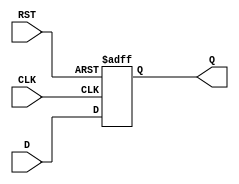
module SynchronousRegister (
    input wire D,       // Data input
    input wire CLK,     // Clock input
    input wire RST,     // Reset input
    output reg Q        // Data output
);

// Asynchronous reset with synchronous operation on the clock edge
always @(posedge CLK or posedge RST) begin
    if (RST) begin
        Q <= 1'b0;       // Reset value (can be changed if needed)
    end else begin
        Q <= D;          // Capture the input data on clock's rising edge
    end
end

endmodule